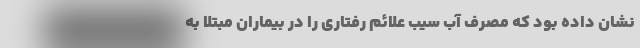
نشان داده بود که مصرف آب سیب علائم رفتاری را در بیماران مبتلا به